Vaccination in Bombay 1902-1912 - 1902-1912
Year: 1902
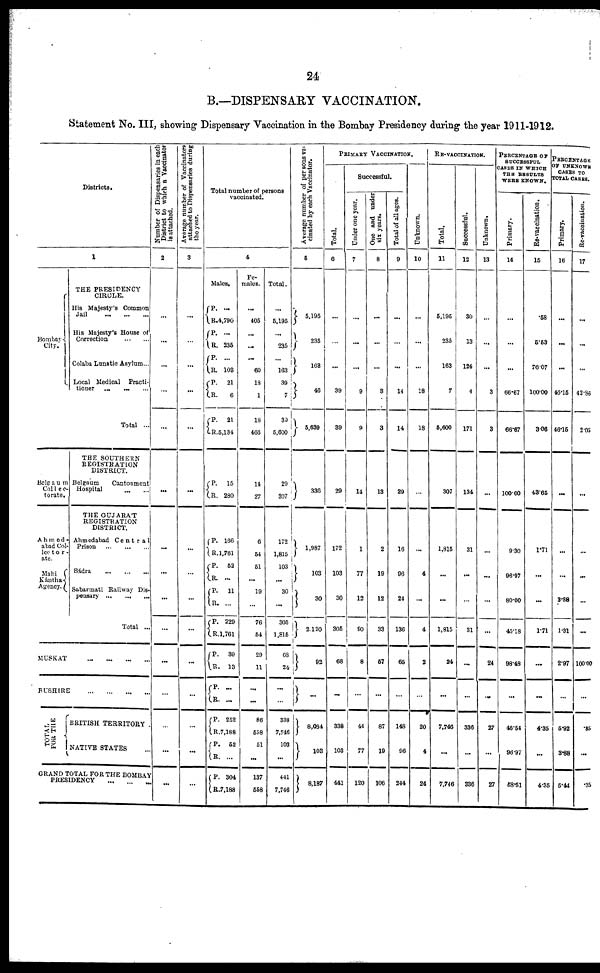
24
B.—DISPENSARY VACCINATION.
Statement No. III, showing Dispensary Vaccination in the Bombay Presidency during the year 1911-1912.
Districts.
1
Bombay
City.
Belgaum
Collec-
torate.
Ahmed-
abad Col-
lector-
ate.
Mahi
Kántha
Agency.
THE PRESIDENCY
CIRCLE.
His Majesty's Common
Jail
...
...
...
His Majesty's House of
Correction
...
...
...
Colaba Lunatic Asylum...
Local Medical
Practi-
tioner ... ... ...
Total ...
THE SOUTHERN
REGISTRATION
DISTRICT.
Belgaum
Cantonment
Hospital
...
...
THE GUJARÁT
REGISTRATION
DISTRICT.
Ahmedabad
Central
Prison
...
...
...
Sádra
...
...
...
Sabarmati Railway Dis-
pensary ... ... ...
Total ...
MUSKAT
...
...
...
...
BUSHIRE
...
...
...
...
T OTAL
FOR THE
BRITISH TERRITORY ...
NATIVE STATES ...
GRAND TOTAL FOR THE BOMBAY
PRESIDENCY
...
...
...
Number of Dispensaries in each
District to which a Vaccinator
is attached.
2
...
...
...
...
...
...
...
...
...
...
...
...
...
...
...
Average number of Vaccinators
attached to Dispensaries during
the year.
3
...
...
...
...
...
...
...
...
...
...
...
...
...
...
...
Total number of persons
vaccinated.
4
Males.
P.
R.
P.
R.
P.
R.
P.
R.
P.
R.
P.
R.
P.
R.
P.
R.
P.
R.
P.
R.
P.
R.
P.
R.
P.
R.
P.
R.
P.
R.
...
4,790
...
235
...
103
21
6
21
5,134
15
280
166
1,761
52
...
11
...
229
1,761
39
13
...
...
252
7,188
52
...
304
7,188
Fe-
males.
...
405
...
...
...
60
18
1
18
466
14
27
6
54
51
...
19
...
76
54
29
11
...
...
86
558
51
...
137
558
Total.
...
5,195
...
235
...
163
39
7
39
5,600
29
307
172
1,815
103
...
30
...
305
1,815
68
24
...
...
338
7,746
103
...
441
7,746
Average number of persons vac-
cinated by each Vaccinator.
5
5,195
235
163
46
5,639
336
1,987
103
30
2,120
92
...
8,084
103
8,187
PRIMARY VACCINATION.
Total.
6
...
...
...
39
39
29
172
103
30
305
68
...
338
103
441
Successful.
Under one year.
7
...
...
...
9
9
14
1
77
12
90
8
...
44
77
120
One and under
six years.
8
...
...
...
3
3
13
2
19
12
33
57
...
87
19
106
Total of all ages.
9
...
...
...
14
14
29
16
96
24
136
65
...
148
96
244
Unknown.
10
...
...
...
18
18
...
...
4
...
4
2
...
20
4
24
RE-VACCINATION.
Total.
11
5,195
235
163
7
5,600
307
1,815
...
...
1,815
24
...
7,746
...
7,746
Successful.
12
30
13
124
4
171
134
31
...
...
31
...
...
336
...
336
Unknown.
13
...
...
...
3
3
...
...
...
...
...
24
...
27
...
27
PERCENTAGE OF
SUCCESSFUL
CASES IN WHICH
THE RESULTS
WERE KNOWN.
Primary.
14
...
...
...
66.67
66.67
100.00
9.30
96.97
80.00
45.18
98.48
...
46.54
96.97
58.51
Re-vaccination.
15
.58
5.53
76.07
100.00
3.06
43.65
1.71
...
...
1.71
...
...
4.35
...
4.35
PERCENTAGE
OF UNKNOWN
CASES TO
TOTAL CASES.
Primary.
16
...
...
...
46.15
46.15
...
...
...
3.88
1.31
2.97
...
5.92
3.88
5.44
Re-vaccination.
17
...
...
...
42.86
2.05
...
...
...
...
...
100.00
...
.35
...
.35